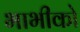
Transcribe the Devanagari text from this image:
भाभीको